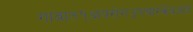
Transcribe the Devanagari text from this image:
गावात१क्षयरोगउपचारकेंद्रआहे